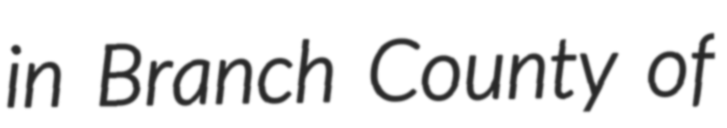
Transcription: in Branch County of